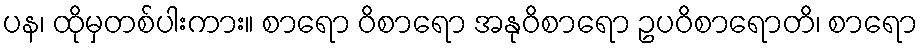
ပန၊ ထိုမှတစ်ပါးကား။ စာရော ဝိစာရော အနုဝိစာရော ဥပဝိစာရောတိ၊ စာရော